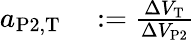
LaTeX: \begin{array}{rl}{a_{\mathrm{P2},\mathrm{T}}}&{{}:=\frac{\Delta V_{\mathrm{T}}}{\Delta V_{\mathrm{P2}}}}\end{array}